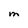
Character: M